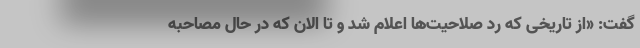
گفت: «از تاریخی که رد صلاحیت‌ها اعلام شد و تا الان که در حال مصاحبه